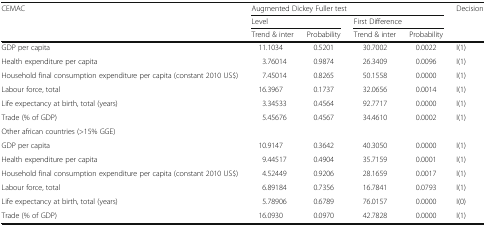
<table><thead><tr><td rowspan="3"><b>CEMAC</b></td><td colspan="4"><b>Augmented Dickey Fuller test</b></td><td rowspan="3"><b>Decision</b></td></tr><tr><td colspan="2"><b>Level</b></td><td colspan="2"><b>First Difference</b></td></tr><tr><td><b>Trend &amp; inter</b></td><td><b>Probability</b></td><td><b>Trend &amp; inter</b></td><td><b>Probability</b></td></tr></thead><tbody><tr><td>GDP per capita</td><td>11.1034</td><td>0.5201</td><td>30.7002</td><td>0.0022</td><td>I(1)</td></tr><tr><td>Health expenditure per capita</td><td>3.76014</td><td>0.9874</td><td>26.3409</td><td>0.0096</td><td>I(1)</td></tr><tr><td>Household final consumption expenditure per capita (constant 2010 US$)</td><td>7.45014</td><td>0.8265</td><td>50.1558</td><td>0.0000</td><td>I(1)</td></tr><tr><td>Labour force, total</td><td>16.3967</td><td>0.1737</td><td>32.0656</td><td>0.0014</td><td>I(1)</td></tr><tr><td>Life expectancy at birth, total (years)</td><td>3.34533</td><td>0.4564</td><td>92.7717</td><td>0.0000</td><td>I(1)</td></tr><tr><td>Trade (% of GDP)</td><td>5.45676</td><td>0.4567</td><td>34.4610</td><td>0.0002</td><td>I(1)</td></tr><tr><td colspan="6">Other african countries (&gt;15% GGE)</td></tr><tr><td>GDP per capita</td><td>10.9147</td><td>0.3642</td><td>40.3050</td><td>0.0000</td><td>I(1)</td></tr><tr><td>Health expenditure per capita</td><td>9.44517</td><td>0.4904</td><td>35.7159</td><td>0.0001</td><td>I(1)</td></tr><tr><td>Household final consumption expenditure per capita (constant 2010 US$)</td><td>4.52449</td><td>0.9206</td><td>28.1659</td><td>0.0017</td><td>I(1)</td></tr><tr><td>Labour force, total</td><td>6.89184</td><td>0.7356</td><td>16.7841</td><td>0.0793</td><td>I(1)</td></tr><tr><td>Life expectancy at birth, total (years)</td><td>5.78906</td><td>0.6789</td><td>76.0157</td><td>0.0000</td><td>I(0)</td></tr><tr><td>Trade (% of GDP)</td><td>16.0930</td><td>0.0970</td><td>42.7828</td><td>0.0000</td><td>I(1)</td></tr></tbody></table>